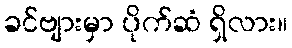
ခင်ဗျားမှာ ပိုက်ဆံ ရှိလား။